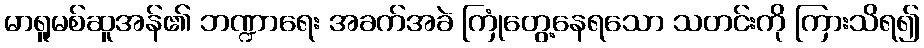
မာရူမစ်ဆူအန်၏ ဘဏ္ဍာရေး အခက်အခဲ ကြုံတွေ့နေရသော သတင်းကို ကြားသိရ၍